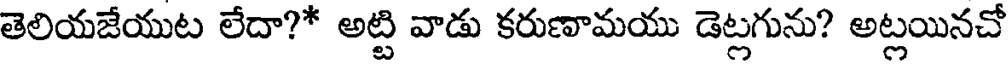
తెలియజేయుట లేదా?* అట్టి వాడు కరుణామయు డెట్లగును? అట్లయినచో